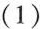
(1)